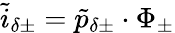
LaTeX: \tilde{i}_{\delta\pm}=\tilde{p}_{\delta\pm}\cdot\Phi_{\pm}